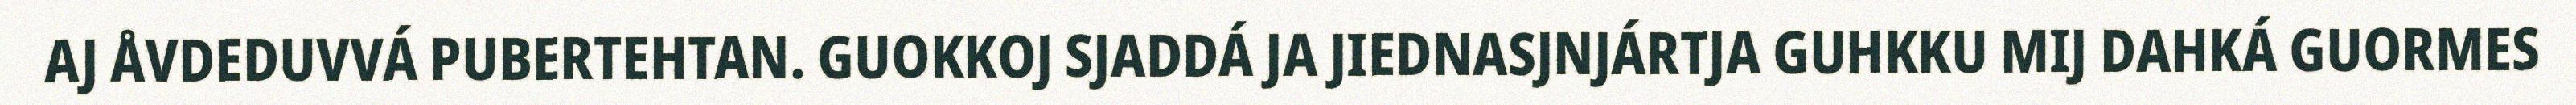
AJ ÅVDEDUVVÁ PUBERTEHTAN. GUOKKOJ SJADDÁ JA JIEDNASJNJÁRTJA GUHKKU MIJ DAHKÁ GUORMES